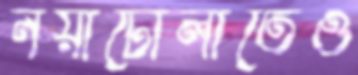
নয়াটোলাতেও